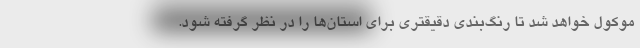
موکول خواهد شد تا رنگ‌بندی دقیقتری برای استان‌ها را در نظر گرفته شود.